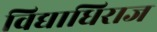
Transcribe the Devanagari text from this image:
विद्याधिराज